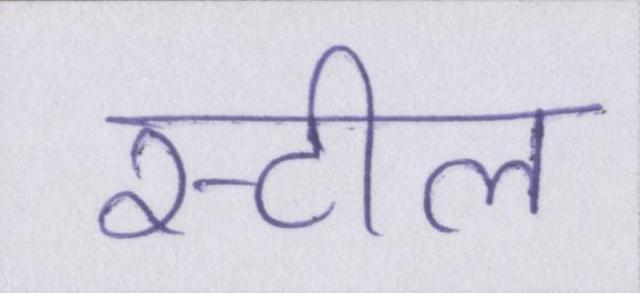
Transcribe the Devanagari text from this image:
स्टील